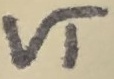
Text: VT